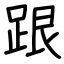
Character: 跟